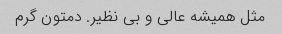
مثل همیشه عالی و بی نظیر. دمتون گرم